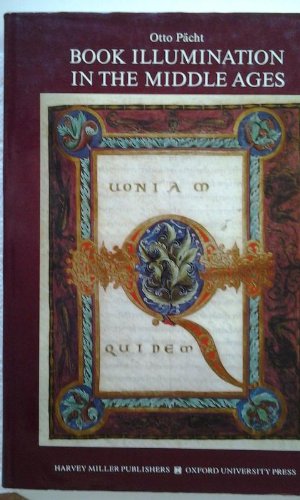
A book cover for Book Illumination in the Middle Ages (Studies in Medieval and Early Renaissance Art History); Otto PÃ¤cht; Arts & Photography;